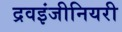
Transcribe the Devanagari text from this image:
द्रवइंजीनियरी